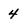
Character: 4